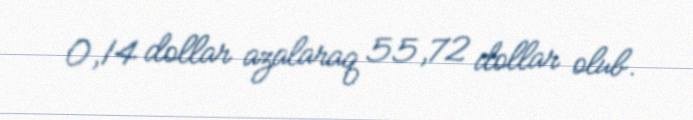
0,14 dollar azalaraq 55,72 dollar olub.